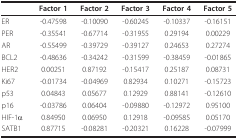
|  | Factor 1 | Factor 2 | Factor 3 | Factor 4 | Factor 5 |
 | --- | --- | --- | --- | --- | --- |
 | ER | -0.47598 | -0.10090 | -0.60245 | -0.10337 | -0.16151 |
 | PER | -0.35541 | -0.67714 | -0.31955 | 0.29194 | 0.00229 |
 | AR | -0.55499 | -0.39729 | -0.39127 | 0.24653 | 0.27274 |
 | BCL2 | -0.48636 | -0.34242 | -0.31599 | -0.38459 | -0.01865 |
 | HER2 | 0.00251 | 0.87192 | -0.15417 | 0.25187 | 0.08731 |
 | Ki67 | -0.01734 | -0.04969 | 0.82934 | 0.10271 | -0.15723 |
 | p53 | 0.04843 | 0.05677 | 0.12929 | 0.88141 | -0.12610 |
 | p16 | -0.03786 | 0.06404 | -0.09880 | -0.12972 | 0.95100 |
 | HIF-1α | 0.84950 | 0.06950 | 0.12918 | -0.09585 | 0.05170 |
 | SATB1 | 0.87715 | -0.08281 | -0.20321 | 0.16228 | -0.07999 |